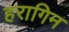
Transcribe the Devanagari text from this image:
हरागिन